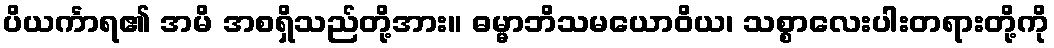
ပိယင်္ကာရ၏ အမိ အစရှိသည်တို့အား။ ဓမ္မာဘိသမယောဝိယ၊ သစ္စာလေးပါးတရားတို့ကို